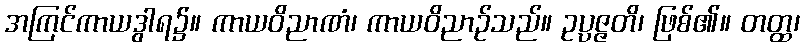
အကြင်ကာယဒွါရ၌။ ကာယဝိညာဏံ၊ ကာယဝိညာဉ်သည်။ ဥပ္ပဇ္ဇတိ၊ ဖြစ်၏။ တတ္ထ၊